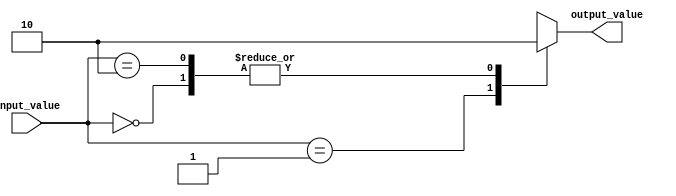
module example_module (
    input wire [2:0] input_value,
    output reg output_value
);

initial begin
    case (input_value)
        3'b000: output_value = 1'b0; // If input_value is '000', output_value is set to '0'
        3'b001: output_value = 1'b1; // If input_value is '001', output_value is set to '1'
        3'b010: output_value = 1'b0; // If input_value is '010', output_value is set to '0'
        default: output_value = 1'bX; // Default case if input_value does not match any defined conditions
    endcase
end

endmodule